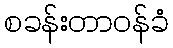
စခန်းတာဝန်ခံ